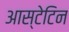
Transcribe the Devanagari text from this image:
आस्टेटिन